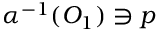
\alpha ^ { - 1 } ( O _ { 1 } ) \ni p